Vaccination in Burma 1912-1922 - 1912-1922
Year: 1912
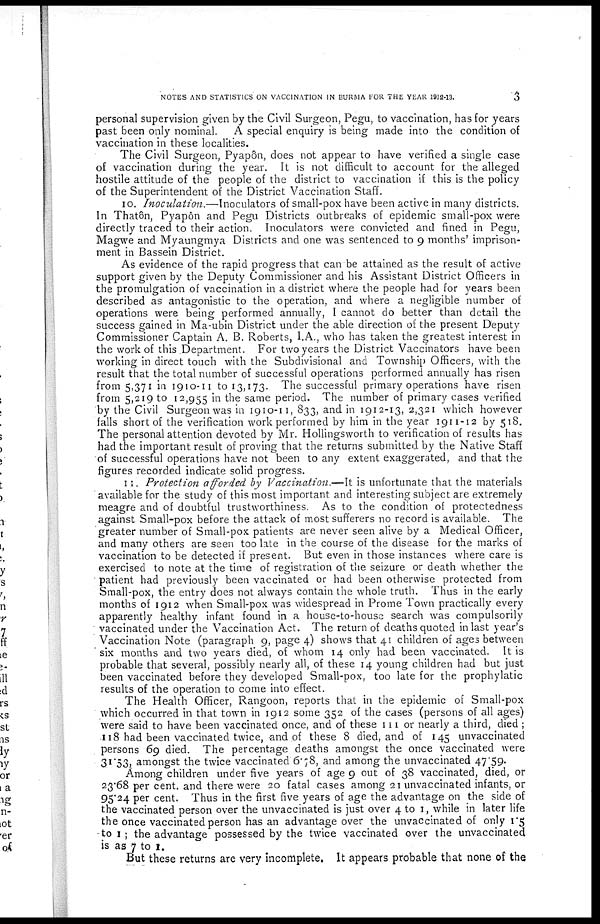
NOTES AND STATISTICS ON VACCINATION IN BURMA FOR THE YEAR 1912-13.
3
personal supervision given by the Civil Surgeon, Pegu, to vaccination, has for years
past been only nominal. A special enquiry is being made into the condition of
vaccination in these localities.
The Civil Surgeon, Pyapôn, does not appear to have verified a single case
of vaccination during the year. It is not difficult to account for the alleged
hostile attitude of the people of the district to vaccination if this is the policy
of the Superintendent of the District Vaccination Staff.
10. Inoculation.—Inoculators of small-pox have been active in many districts.
In Thatôn, Pyapôn and Pegu Districts outbreaks of epidemic small-pox were
directly traced to their action. Inoculators were convicted and fined in Pegu,
Magwe and Myaungmya Districts and one was sentenced to 9 months' imprison-
ment in Bassein District.
As evidence of the rapid progress that can be attained as the result of active
support given by the Deputy Commissioner and his Assistant District Officers in
the promulgation of vaccination in a district where the people had for years been
described as antagonistic to the operation, and where a negligible number of
operations were being performed annually, I cannot do better than detail the
success gained in Ma-ubin District under the able direction of the present Deputy
Commissioner Captain A. B. Roberts, I.A., who has taken the greatest interest in
the work of this Department. For two years the District Vaccinators have been
working in direct touch with the Subdivisional and Township Officers, with the
result that the total number of successful operations performed annually has risen
from 5,371 in 1910-11 to 13,173. The successful primary operations have risen
from 5,219 to 12,955 in the same period. The number of primary cases verified
by the Civil Surgeon was in 1910-11, 833, and in 1912-13, 2,321 which however
falls short of the verification work performed by him in the year 1911-12 by 518.
The personal attention devoted by Mr. Hollingsworth to verification of results has
had the important result of proving that the returns submitted by the Native Staff
of successful operations have not been to any extent exaggerated, and that the
figures recorded indicate solid progress.
11. Protection afforded by Vaccination.—It is unfortunate that the materials
available for the study of this most important and interesting subject are extremely
meagre and of doubtful trustworthiness. As to the condition of protectedness
against Small-pox before the attack of most sufferers no record is available. The
greater number of Small-pox patients are never seen alive by a Medical Officer,
and many others are seen too late in the course of the disease for the marks of
vaccination to be detected if present. But even in those instances where care is
exercised to note at the time of registration of the seizure or death whether the
patient had previously been vaccinated or had been otherwise protected from
Small-pox, the entry does not always contain the whole truth. Thus in the early
months of 1912 when Small-pox was widespread in Prome Town practically every
apparently healthy infant found in a house-to-house search was compulsorily
vaccinated under the Vaccination Act. The return of deaths quoted in last year's
Vaccination Note (paragraph 9, page 4) shows that 41 children of ages between
six months and two years died, of whom 14 only had been vaccinated. It is
probable that several, possibly nearly all, of these 14 young children had but just
been vaccinated before they developed Small-pox, too late for the prophylatic
results of the operation to come into effect.
The Health Officer, Rangoon, reports that in the epidemic of Small-pox
which occurred in that town in 1912 some 352 of the cases (persons of all ages)
were said to have been vaccinated once, and of these III or nearly a third, died ;
118 had been vaccinated twice, and of these 8 died, and of 145 unvaccinated
persons 69 died. The percentage deaths amongst the once vaccinated were
31.53, amongst the twice vaccinated 6.78, and among the unvaccinated 47.59.
Among children under five years of age 9 out of 38 vaccinated, died, or
23.68 per cent. and there were 20 fatal cases among 21 unvaccinated infants, or
95.24 per cent. Thus in the first five years of age the advantage on the side of
the vaccinated person over the unvaccinated is just over 4 to 1, while in later life
the once vaccinated person has an advantage over the unvaccinated of only 1.5
to 1; the advantage possessed by the twice vaccinated over the unvaccinated
is as 7 to 1.
But these returns are very incomplete. It appears probable that none of the